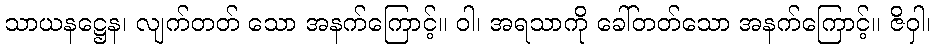
သာယနဋ္ဌေန၊ လျက်တတ် သော အနက်ကြောင့်။ ဝါ၊ အရသာကို ခေါ်တတ်သော အနက်ကြောင့်။ ဇိဝှါ၊